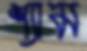
শ্যাম